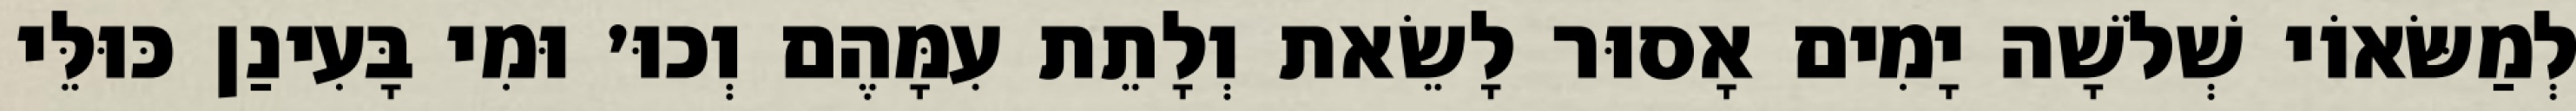
לְמַשּׂאוֹי שְׁלֹשָׁה יָמִים אָסוּר לָשֵׂאת וְלָתֵת עִמָּהֶם וְכוּ׳ וּמִי בָּעִינַן כּוּלֵּי